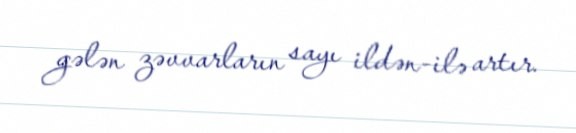
gələn zəvvarların sayı ildən-ilə artır.